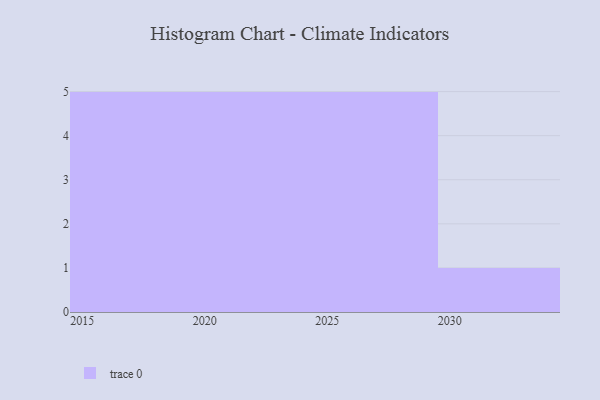
{"axis": {"x": "Year", "y": "Humidity (%)"}, "legend": [""], "data": [{"x": "2020", "y": 16, "type": ""}, {"x": "2029", "y": 48, "type": ""}, {"x": "2023", "y": 14, "type": ""}, {"x": "2028", "y": 3, "type": ""}, {"x": "2027", "y": 74, "type": ""}, {"x": "2017", "y": 73, "type": ""}, {"x": "2026", "y": 80, "type": ""}, {"x": "2019", "y": 98, "type": ""}, {"x": "2021", "y": 51, "type": ""}, {"x": "2030", "y": 83, "type": ""}, {"x": "2015", "y": 88, "type": ""}, {"x": "2022", "y": 87, "type": ""}, {"x": "2016", "y": 88, "type": ""}, {"x": "2024", "y": 18, "type": ""}, {"x": "2018", "y": 7, "type": ""}, {"x": "2025", "y": 100, "type": ""}]}